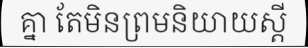
គ្នា តែមិនព្រមនិយាយស្តី